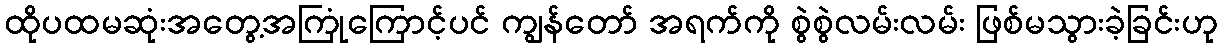
ထိုပထမဆုံးအတွေ့အကြုံကြောင့်ပင် ကျွန်တော် အရက်ကို စွဲစွဲလမ်းလမ်း ဖြစ်မသွားခဲ့ခြင်းဟု